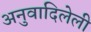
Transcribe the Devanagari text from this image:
अनुवादिलेली